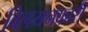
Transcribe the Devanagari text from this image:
विलयनकारी